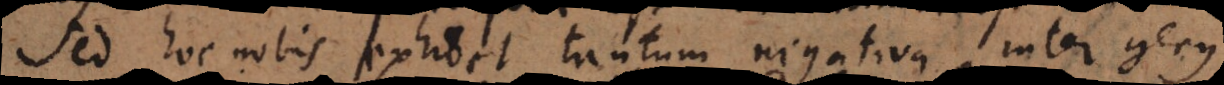
Sed hoc nobis exhibet tantum negativa inter genus